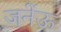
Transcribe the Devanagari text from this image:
जनेंऊ